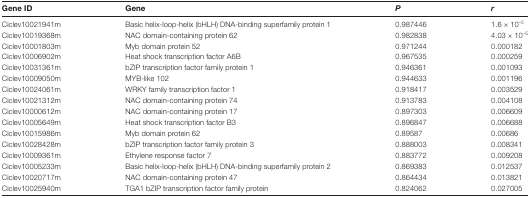
| Gene ID | Gene | P | r |
 | --- | --- | --- | --- |
 | Ciclev10021941m | Basic helix-loop-helix (bHLH) DNA-binding superfamily protein 1 | 0.987446 | 1.6 × 10–5 |
 | Ciclev10019368m | NAC domain-containing protein 62 | 0.982838 | 4.03 × 10–5 |
 | Ciclev10001803m | Myb domain protein 52 | 0.971244 | 0.000182 |
 | Ciclev10006902m | Heat shock transcription factor A6B | 0.967535 | 0.000259 |
 | Ciclev10031361m | bZIP transcription factor family protein 1 | 0.946361 | 0.001093 |
 | Ciclev10009050m | MYB-like 102 | 0.944633 | 0.001196 |
 | Ciclev10024061m | WRKY family transcription factor 1 | 0.918417 | 0.003529 |
 | Ciclev10021312m | NAC domain-containing protein 74 | 0.913783 | 0.004108 |
 | Ciclev10000612m | NAC domain-containing protein 17 | 0.897303 | 0.006609 |
 | Ciclev10005649m | Heat shock transcription factor B3 | 0.896847 | 0.006688 |
 | Ciclev10015986m | Myb domain protein 62 | 0.89587 | 0.00686 |
 | Ciclev10028428m | bZIP transcription factor family protein 3 | 0.888003 | 0.008341 |
 | Ciclev10009361m | Ethylene response factor 7 | 0.883772 | 0.009208 |
 | Ciclev10005233m | Basic helix-loop-helix (bHLH) DNA-binding superfamily protein 2 | 0.869383 | 0.012537 |
 | Ciclev10020717m | NAC domain-containing protein 47 | 0.864434 | 0.013821 |
 | Ciclev10025940m | TGA1 bZIP transcription factor family protein | 0.824062 | 0.027005 |